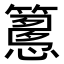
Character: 𥴳